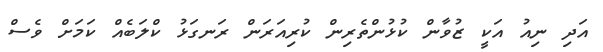
އަދި ނިއު އަކީ ޒުވާން ކުޅުންތެރިން ކުރިއަރަން ރަނގަޅު ކްލަބެއް ކަމަށް ވެސް